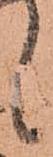
候